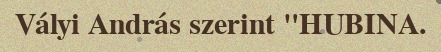
Vályi András szerint "HUBINA.